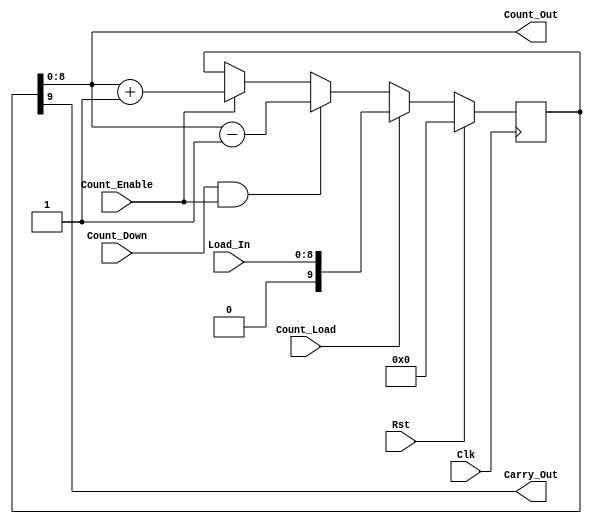
// ------------------------------------------------------------------------------
// (c) Copyright 2010 Xilinx, Inc. All rights reserved.
//
// This file contains confidential and proprietary information
// of Xilinx, Inc. and is protected under U.S. and
// international copyright and other intellectual property
// laws.
//
// DISCLAIMER
// This disclaimer is not a license and does not grant any
// rights to the materials distributed herewith. Except as
// otherwise provided in a valid license issued to you by
// Xilinx, and to the maximum extent permitted by applicable
// law: (1) THESE MATERIALS ARE MADE AVAILABLE "AS IS" AND
// WITH ALL FAULTS, AND XILINX HEREBY DISCLAIMS ALL WARRANTIES
// AND CONDITIONS, EXPRESS, IMPLIED, OR STATUTORY, INCLUDING
// BUT NOT LIMITED TO WARRANTIES OF MERCHANTABILITY, NON-
// INFRINGEMENT, OR FITNESS FOR ANY PARTICULAR PURPOSE; and
// (2) Xilinx shall not be liable (whether in contract or tort,
// including negligence, or under any other theory of
// liability) for any loss or damage of any kind or nature
// related to, arising under or in connection with these
// materials, including for any direct, or any indirect,
// special, incidental, or consequential loss or damage
// (including loss of data, profits, goodwill, or any type of
// loss or damage suffered as a result of any action brought
// by a third party) even if such damage or loss was
// reasonably foreseeable or Xilinx had been advised of the
// possibility of the same.
//
// CRITICAL APPLICATIONS
// Xilinx products are not designed or intended to be fail-
// safe, or for use in any application requiring fail-safe
// performance, such as life-support or safety devices or
// systems, Class III medical devices, nuclear facilities,
// applications related to the deployment of airbags, or any
// other applications that could lead to death, personal
// injury, or severe property or environmental damage
// (individually and collectively, "Critical
// Applications"). Customer assumes the sole risk and
// liability of any use of Xilinx products in Critical
// Applications, subject only to applicable laws and
// regulations governing limitations on product liability.
//
// THIS COPYRIGHT NOTICE AND DISCLAIMER MUST BE RETAINED AS
// PART OF THIS FILE AT ALL TIMES. 
// ------------------------------------------------------------------------------
//-----------------------------------------------------------------------------
//
// Description:     Implements a parameterizable N-bit counter_f
//                      Up/Down Counter
//                      Count Enable
//                      Parallel Load
//                      Synchronous Reset
//                      The structural implementation has incremental cost
//                      of one LUT per bit.
//                      Precedence of operations when simultaneous:
//                        reset, load, count
//
//                  A default inferred-RTL implementation is provided and
//                  is used if the user explicitly specifies C_FAMILY=nofamily
//                  or ommits C_FAMILY (allowing it to default to nofamily).
//                  The default implementation is also used
//                  if needed primitives are not available in FPGAs of the
//                  type given by C_FAMILY.
//
//-----------------------------------------------------------------------------
// Structure:   This section shows the hierarchical structure of axi_lite_ipif.
//
//              --axi_lite_ipif.v
//                    --slave_attachment.v
//                       --address_decoder.v
//                       --pselect_f.v
//                    --counter_f.v
//-----------------------------------------------------------------------------
//
// History:
//
//  BSB      05/20/10      -- First version
// ~~~~~~
//  - Created the first version v1.00.a
// ^^^^^^
//-----------------------------------------------------------------------------
// Naming Conventions:
//      active low signals:                     "*_n"
//      clock signals:                          "clk", "clk_div#", "clk_#x"
//      reset signals:                          "rst", "rst_n"
//      generics:                               "C_*"
//      user defined types:                     "*_TYPE"
//      state machine next state:               "*_ns"
//      state machine current state:            "*_cs"
//      combinatorial signals:                  "*_com"
//      pipelined or register delay signals:    "*_d#"
//      counter signals:                        "*cnt*"
//      clock enable signals:                   "*_ce"
//      internal version of output port         "*_i"
//      device pins:                            "*_pin"
//      ports:                                  - Names begin with Uppercase
//      processes:                              "*_PROCESS"
//      component instantiations:               "<ENTITY_>I_<#|FUNC>
//-----------------------------------------------------------------------------
//---------------------------------------------------------------------------
// Entity section
//---------------------------------------------------------------------------
module counter_f (Clk, Rst, Load_In, Count_Enable, Count_Load, Count_Down, 
Count_Out, Carry_Out);

parameter C_NUM_BITS  = 9;
parameter C_FAMILY  = "nofamily";
input Clk; 
input Rst; 
input[C_NUM_BITS - 1:0] Load_In; 
input Count_Enable; 
input Count_Load; 
input Count_Down; 
output[C_NUM_BITS - 1:0] Count_Out; 
wire[C_NUM_BITS - 1:0] Count_Out;
output Carry_Out; 
wire Carry_Out;

reg[C_NUM_BITS:0] icount_out; 
wire[C_NUM_BITS:0] icount_out_x; 
wire[C_NUM_BITS:0] load_in_x; 

//-------------------------------------------------------------------
// Begin architecture
//-------------------------------------------------------------------
//-------------------------------------------------------------------
// Generate Inferred code
//-------------------------------------------------------------------
assign load_in_x = {1'b0, Load_In};
// Mask out carry position to retain legacy self-clear on next enable.
//        icount_out_x <= ('0' & icount_out(C_NUM_BITS-1 downto 0)); -- Echeck WA
assign icount_out_x = {1'b0, icount_out[C_NUM_BITS - 1:0]};

//---------------------------------------------------------------
// Process to generate counter with - synchronous reset, load,
// counter enable, count down / up features.
//---------------------------------------------------------------
always @(posedge Clk)
begin : CNTR_PROC
   if (Rst == 1'b1)
   begin
      icount_out <= {C_NUM_BITS-(0)+1{1'b0}} ; 
   end
   else if (Count_Load == 1'b1)
   begin
      icount_out <= load_in_x ; 
   end
   else if (Count_Down == 1'b1 & Count_Enable == 1'b1)
   begin
      icount_out <= icount_out_x - 1 ; 
   end
   else if (Count_Enable == 1'b1)
   begin
      icount_out <= icount_out_x + 1 ; 
   end  
end 
assign Carry_Out = icount_out[C_NUM_BITS] ;
assign Count_Out = icount_out[C_NUM_BITS - 1:0];
endmodule